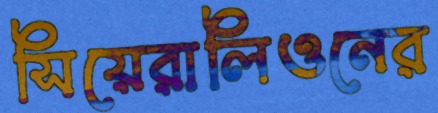
সিয়েরালিওনের